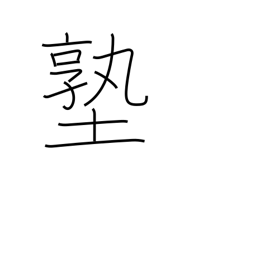
Meaning: private school